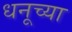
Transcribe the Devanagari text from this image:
धनूच्या